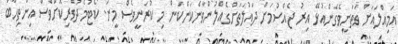
އަމިއްލައަށް ވަތަނީވެގެންއުޅޭ އިރު ޖެއްސުމަށް ދައުލަތަށްގެއްލުންވާނެކަންކަން މި ކުރަނީވެސް މީނަ. ކޯޓުމެދުވެރިކޮށްވެސް އިންތިހާބު